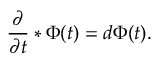
{ \frac { \partial } { \partial t } } * \Phi ( t ) = d \Phi ( t ) .